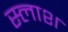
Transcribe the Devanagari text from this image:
स्लाश